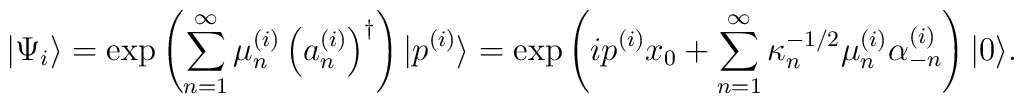
|\Psi_{i}\rangle=\exp\left( \sum_{n=1}^{\infty}\mu_{n}^{(i)}\left(a_{n}^{(i)}\right) ^{\dagger}\right) |p^{(i)}\rangle=\exp\left(ip^{(i)}x_{0}+\sum_{n=1}^{\infty}\kappa_{n}^{-1/2}\mu_{n}^{(i)}\alpha_{-n}^{(i)}\right) |0\rangle.